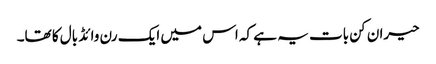
حیران کن بات یہ ہے کہ اس میں ایک رن وائڈ بال کا تھا۔